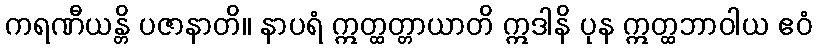
ကရဏီယန္တိ ပဇာနာတိ။ နာပရံ ဣတ္ထတ္တာယာတိ ဣဒါနိ ပုန ဣတ္ထဘာဝါယ ဧဝံ